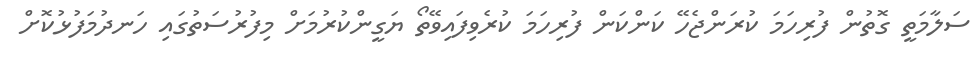
ސަލާމަތީ ގޮތުން ފުރިހަމަ ކުރަންޖެހޭ ކަންކަން ފުރިހަމަ ކުރެވިފައިވޭތޯ ޔަގީންކުރުމަށް މިފުރުސަތުގައި ހަނދުމަފުޅުކޮށް